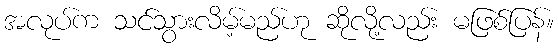
အလုပ်က သင်သွားလိမ့်မည်ဟု ဆိုလို့လည်း မဖြစ်ပြန်။